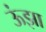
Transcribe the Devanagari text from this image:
ऊंझा